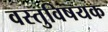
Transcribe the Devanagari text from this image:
वस्तुविषयक